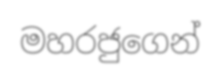
මහරජුගෙන්